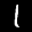
Label: 1